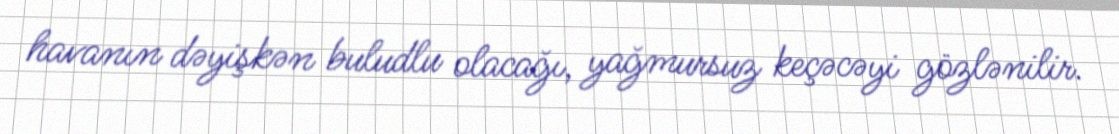
havanın dəyişkən buludlu olacağı, yağmursuz keçəcəyi gözlənilir.